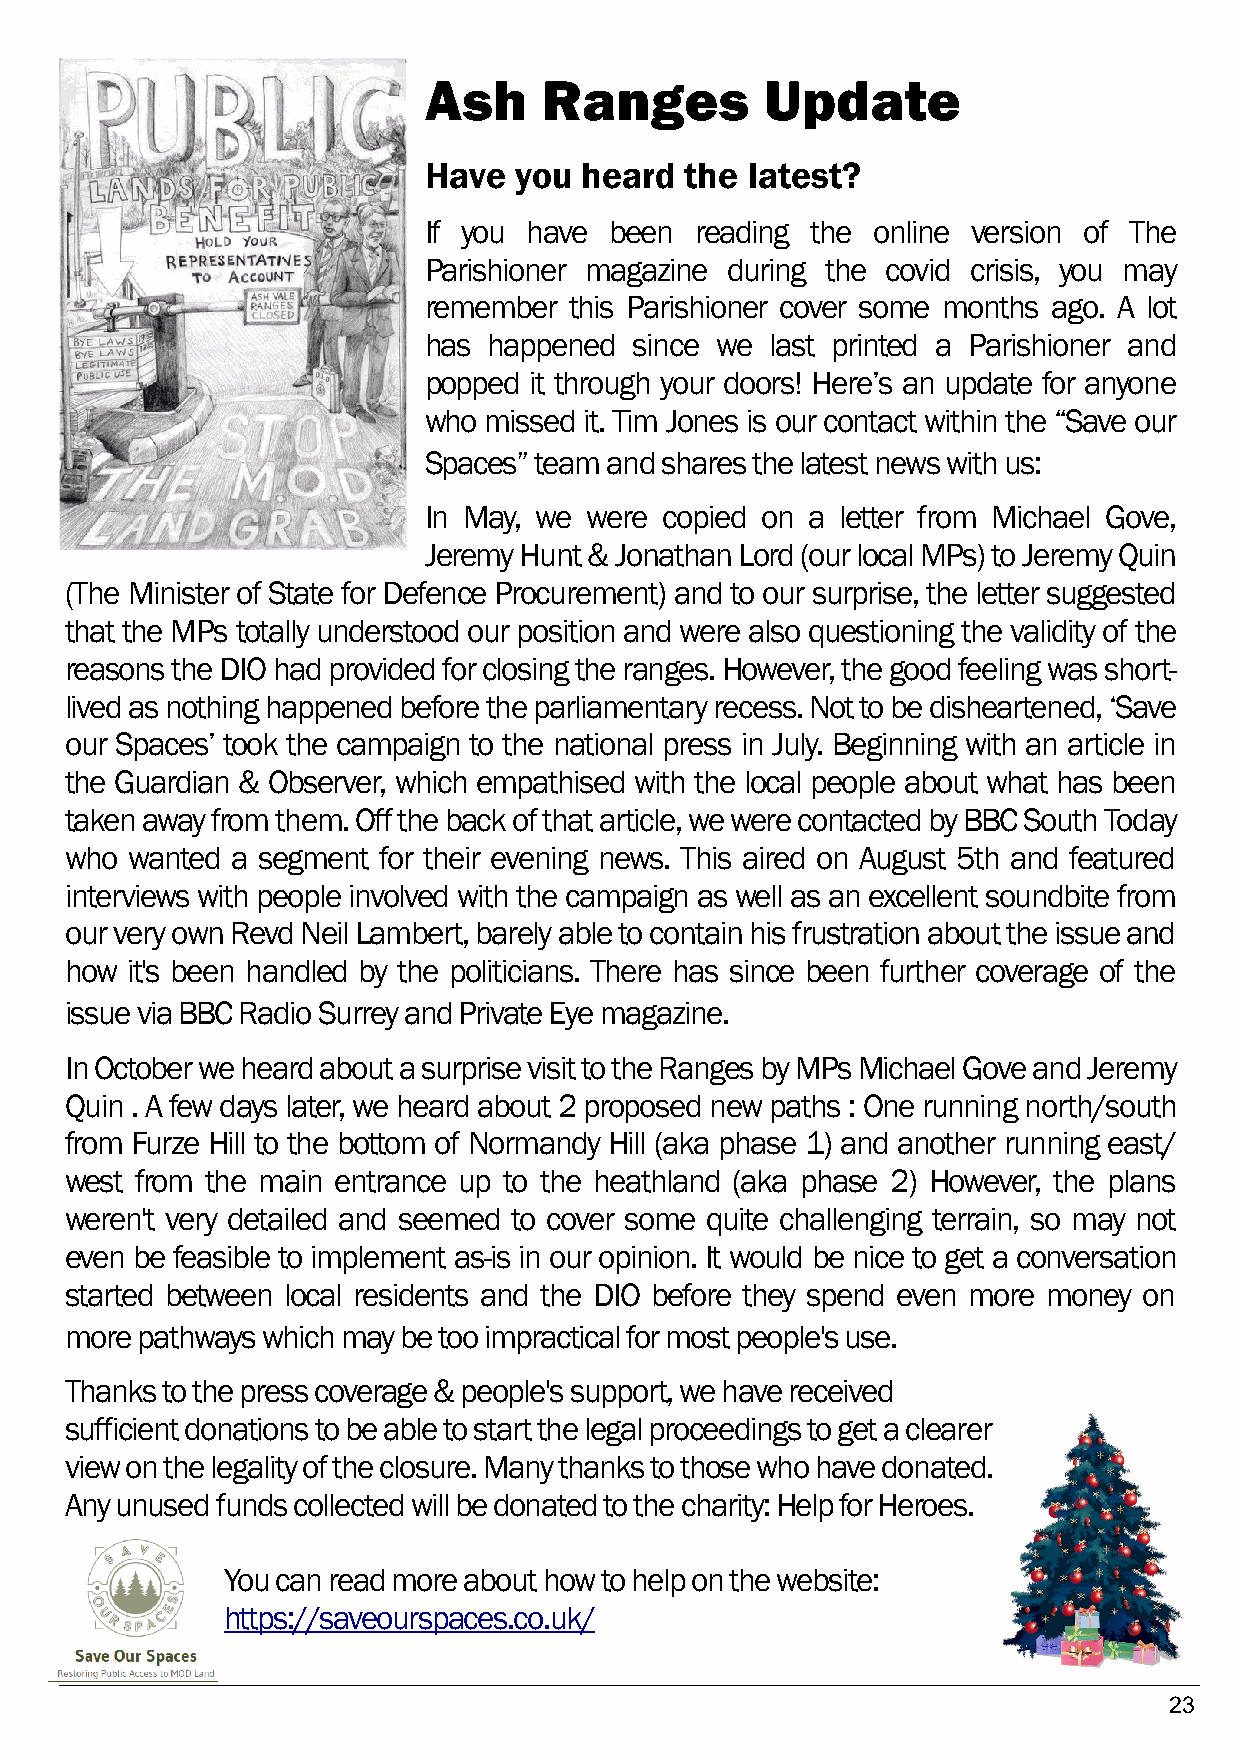
Ash     Ranges         Update
 Have  you heard  the latest?
 If you have been  reading the online version of The
 Parishioner magazine during the covid crisis, you may
 remember  this Parishioner cover some months ago. A lot
 has happened  since we last printed a Parishioner and
 popped it through your doors! Here’s an update for anyone
 who missed it. Tim Jones is our contact within the “Save our
 Spaces” team and shares the latest news with us:
 In May, we were copied on a letter from Michael Gove,
 Jeremy Hunt & Jonathan Lord (our local MPs) to Jeremy Quin
 (The Minister of State for Defence Procurement) and to our surprise, the letter suggested
 that the MPs totally understood our position and were also questioning the validity of the
 reasons the DIO had provided for closing the ranges. However, the good feeling was short-
 lived as nothing happened before the parliamentary recess. Not to be disheartened, ‘Save
 our Spaces’ took the campaign to the national press in July. Beginning with an article in
 the Guardian & Observer, which empathised with the local people about what has been
 taken away from them. Off the back of that article, we were contacted by BBC South Today
 who wanted a segment for their evening news. This aired on August 5th and featured
 interviews with people involved with the campaign as well as an excellent soundbite from
 our very own Revd Neil Lambert, barely able to contain his frustration about the issue and
 how it's been handled by the politicians. There has since been further coverage of the
 issue via BBC Radio Surrey and Private Eye magazine.
 In October we heard about a surprise visit to the Ranges by MPs Michael Gove and Jeremy
 Quin . A few days later, we heard about 2 proposed new paths : One running north/south
 from Furze Hill to the bottom of Normandy Hill (aka phase 1) and another running east/
 west from the main entrance up to the heathland (aka phase 2) However, the plans
 weren't very detailed and seemed to cover some quite challenging terrain, so may not
 even be feasible to implement as-is in our opinion. It would be nice to get a conversation
 started between local residents and the DIO before they spend even more money on
 more pathways which may be too impractical for most people's use.
 Thanks to the press coverage & people's support, we have received
 sufficient donations to be able to start the legal proceedings to get a clearer
 view on the legality of the closure. Many thanks to those who have donated.
 Any unused funds collected will be donated to the charity: Help for Heroes.
 You can read more about how to help on the website:
 https://saveourspaces.co.uk/
 23